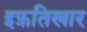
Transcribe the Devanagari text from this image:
इफ़तिखार